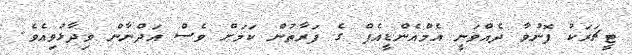
ޓީޗަރަކު ފޮނުވާ ދެއްވަނީ އެމްއެންޑީއެފް ގެ ފަރާތުން ކަމަށް ވެސް އަދްނާން ވިދާޅުވިއެވެ.